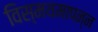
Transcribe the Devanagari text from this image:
विस्मयमापन्न